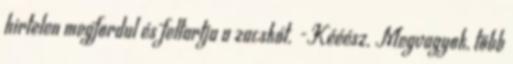
hirtelen megfordul és feltartja a zacskót. -Kééész. Megvagyok, több